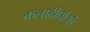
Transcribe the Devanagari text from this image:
कलादीर्घाओं